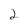
Character: 2